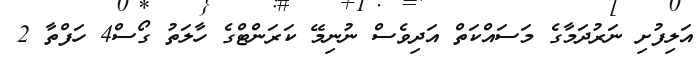
އަލިފުށި ނަރުދަމާގެ މަސައްކަތް އަދިވެސް ނުނިމޭ ކަރަންޓްގެ ހާލަތު ގޯސް4 ހަފްތާ 2